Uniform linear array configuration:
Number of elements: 4
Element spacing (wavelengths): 0.5
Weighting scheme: blackman
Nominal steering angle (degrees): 0
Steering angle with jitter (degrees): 1.122
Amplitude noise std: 0.05
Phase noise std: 0.05

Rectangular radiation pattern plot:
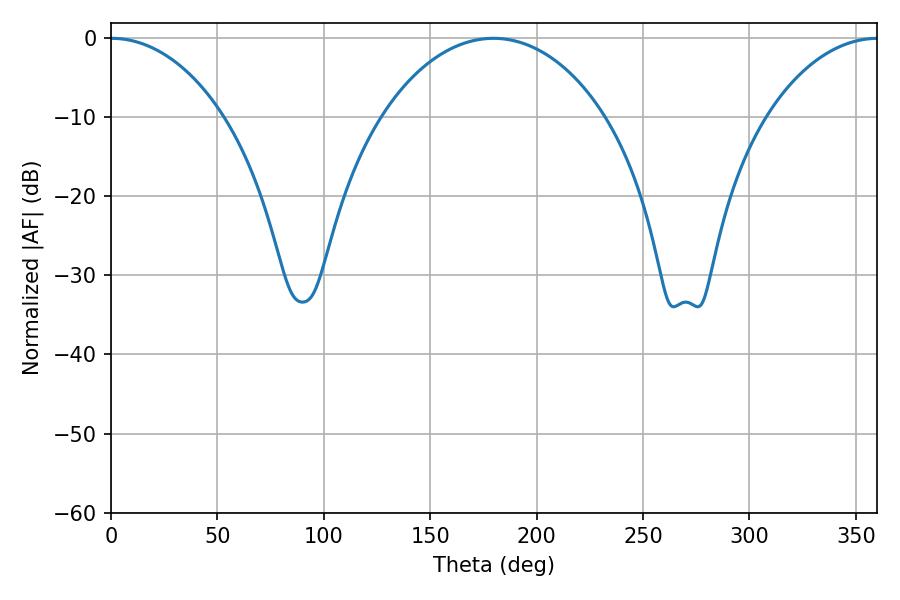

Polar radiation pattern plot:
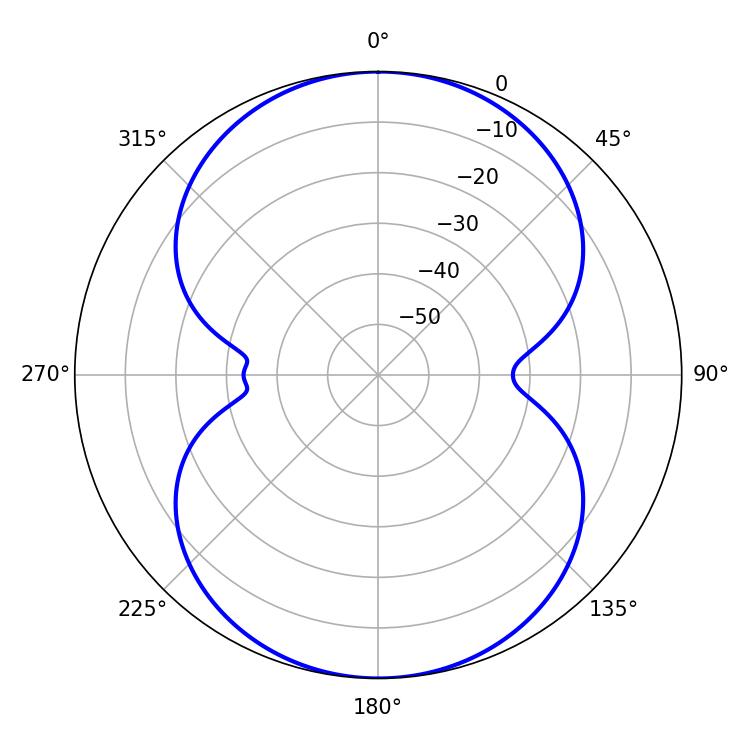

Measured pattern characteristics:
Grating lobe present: FALSE
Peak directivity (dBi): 21.672
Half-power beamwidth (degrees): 30.24
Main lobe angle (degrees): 0.36